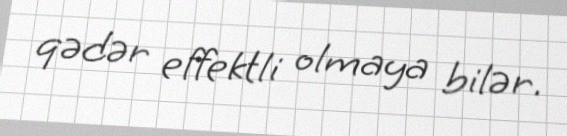
qədər effektli olmaya bilər.